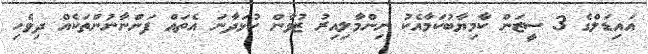
އައިޑަލްގެ 3 ސީޒަން ކާމިޔާބުކަމާއެކު ނިންމާލިއިރު ޒުވާން ކުޅަދާނަ އެތައް ފަންނާނުންތަކެއް ދިވެހި